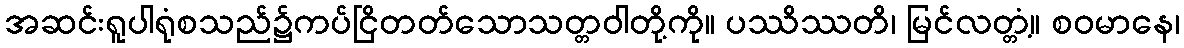
အဆင်းရူပါရုံစသည်၌ကပ်ငြိတတ်သောသတ္တဝါတို့ကို။ ပဿိဿတိ၊ မြင်လတ္တံ့။ စဝမာနေ၊